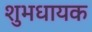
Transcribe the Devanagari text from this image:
शुभधायक